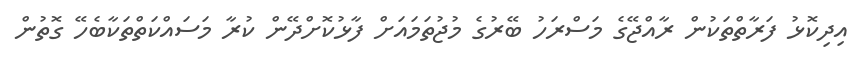
އިދިކޮޅު ފަރާތްތަކުން ރާއްޖޭގެ މަސްރަހު ބޭރުގެ މުޖުތަމައަށް ފާޅުކޮށްދޭން ކުރާ މަސައްކަތްތަކާބެހޭ ގޮތުން